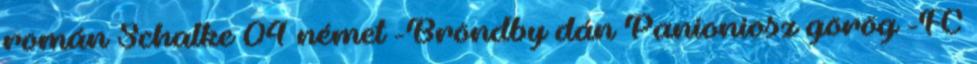
román Schalke 04 német -Bröndby dán Panioniosz görög -FC